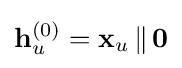
\mathbf {h} _{u}^{(0)}=\mathbf {x} _{u}\,\Vert \,\mathbf {0}